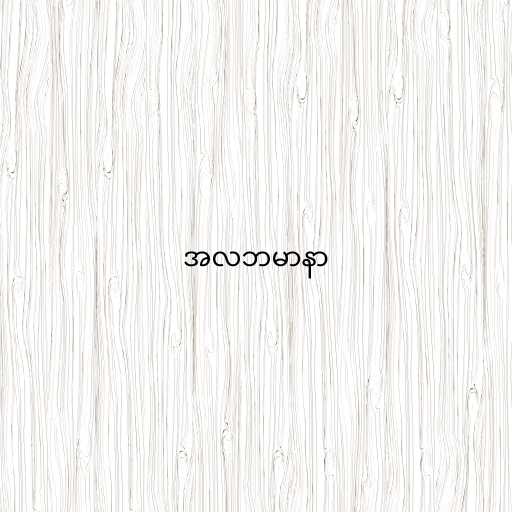
အလဘမာနာ